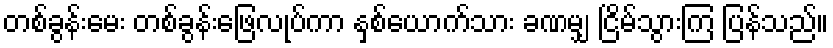
တစ်ခွန်းမေး တစ်ခွန်းဖြေလုပ်ကာ နှစ်ယောက်သား ခဏမျှ ငြိမ်သွားကြ ပြန်သည်။